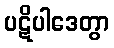
ပဋိပါဒေတွာ